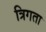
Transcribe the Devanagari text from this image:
त्रिगता